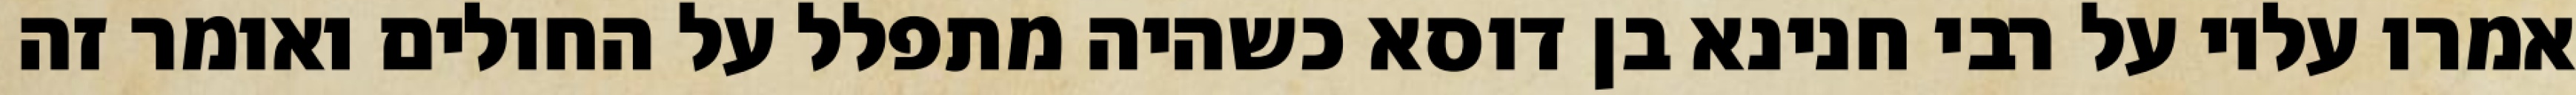
אמרו עליו על רבי חנינא בן דוסא כשהיה מתפלל על החולים ואומר זה